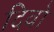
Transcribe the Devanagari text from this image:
दिवो